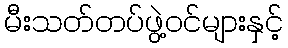
မီးသတ်တပ်ဖွဲ့ဝင်များနှင့်